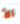
الأ